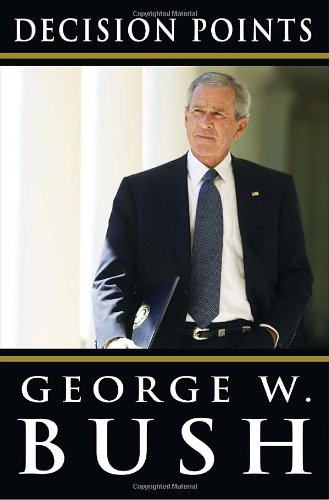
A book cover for Decision Points; George W. Bush; Biographies & Memoirs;